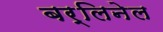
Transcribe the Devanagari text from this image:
बर्लिनेल